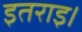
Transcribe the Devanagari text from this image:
इतराइ।